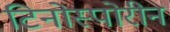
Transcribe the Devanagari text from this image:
टिनोस्पोरीन